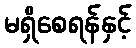
မရှိစေရန်နှင့်